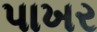
પાખર